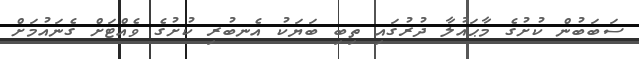
ސަބަބުން ކުށުގެ މާޙައުލާ ދުރުގައި ތިބި ބަޔަކު އެނބުރި ކުށުގެ ވެއްޓަށް ގެނައުމަށް